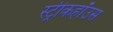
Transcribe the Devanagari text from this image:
स्ट्रीकहॉउस